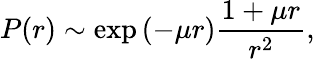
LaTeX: P(r)\sim\exp{\left(-\mu r\right)}\frac{1+\mu r}{r^{2}},